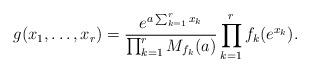
LaTeX: \begin{align*}g(x_1,\dots,x_r)=\frac{e^{a\sum_{k=1}^rx_k}}{\prod_{k=1}^rM_{f_k}(a)}\prod_{k=1}^rf_k(e^{x_k}).\end{align*}